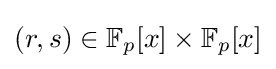
(r,s)\in \mathbb {F} _{p}[x]\times \mathbb {F} _{p}[x]